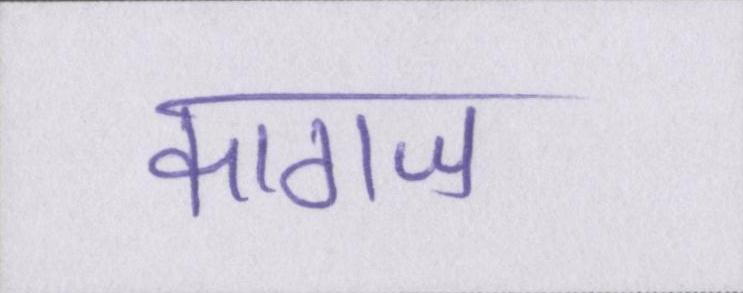
कागज